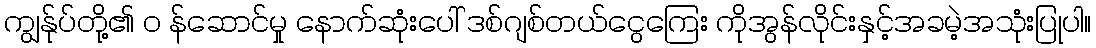
ကျွန်ုပ်တို့၏ ၀ န်ဆောင်မှု နောက်ဆုံးပေါ် ဒစ်ဂျစ်တယ်ငွေကြေး ကိုအွန်လိုင်းနှင့်အခမဲ့အသုံးပြုပါ။